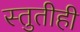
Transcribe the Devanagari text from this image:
स्तुतीही